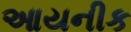
આયનીક